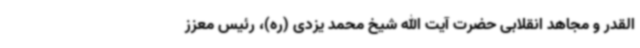
القدر و مجاهد انقلابی حضرت آیت الله شیخ محمد یزدی (ره)، رئیس معزز